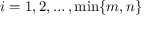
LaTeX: i = 1 , 2 , \ldots , \operatorname* { m i n } \{ m , n \}